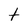
Character: t